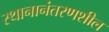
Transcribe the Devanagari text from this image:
स्थानानंतरणशील